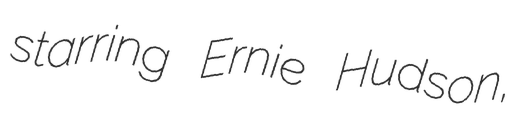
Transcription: starring Ernie Hudson,